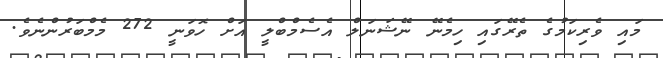
މައި ވެރިކަމުގެ ތެރޭގައި ހިމެނޭ ނޭޝަނަލް އެސެމްބްލީ އަށް ހޮވަނީ 272 މެމްބަރުންނެވެ.